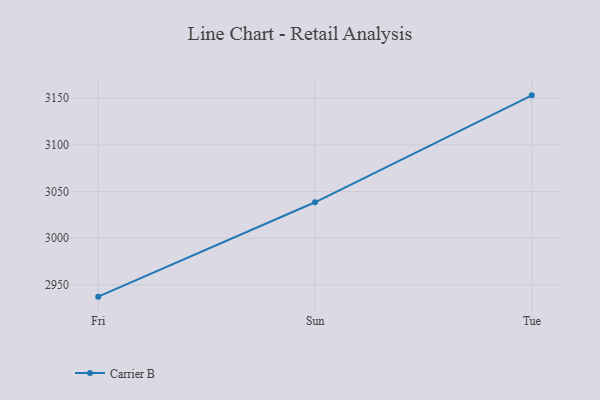
{"axis": {"x": "Day", "y": "Page Views"}, "legend": ["Carrier B"], "data": [{"x": "Fri", "y": 2937.2, "type": "Carrier B"}, {"x": "Sun", "y": 3038.4, "type": "Carrier B"}, {"x": "Tue", "y": 3153.1, "type": "Carrier B"}]}